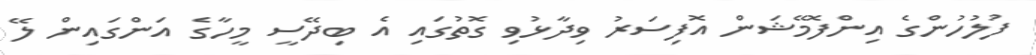
ފުލުހުންގެ އިންފޮމޭޝަން އޮފިސަރު ވިދާޅުވި ގޮތުގައި އެ ބިދޭސީ މީހާގެ އަންގައިން ލޭ